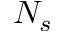
N _ { s }